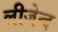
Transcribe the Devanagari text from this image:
लीजेन्द